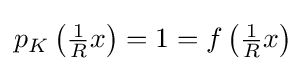
{\textstyle p_{K}\left({\tfrac {1}{R}}x\right)=1=f\left({\tfrac {1}{R}}x\right)}